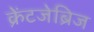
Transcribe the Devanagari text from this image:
क्रेंटजेब्रिज